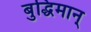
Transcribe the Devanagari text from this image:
बुद्धिमान्‌